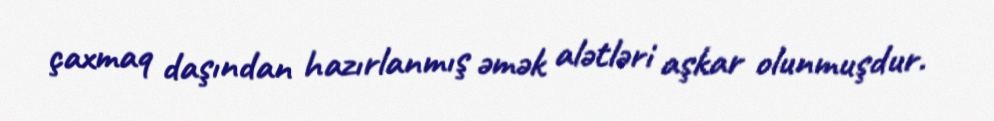
çaxmaq daşından hazırlanmış əmək alətləri aşkar olunmuşdur.